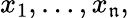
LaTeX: x_{1},\dots,x_{\mathfrak{n}},